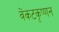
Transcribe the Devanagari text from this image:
वेंकटकृष्णन